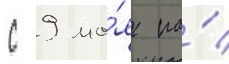
с 9 ма́я на́